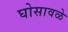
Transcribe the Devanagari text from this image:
घोसावळे